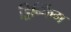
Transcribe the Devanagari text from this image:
ड्रिन्किंग